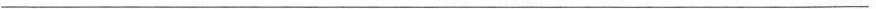
___